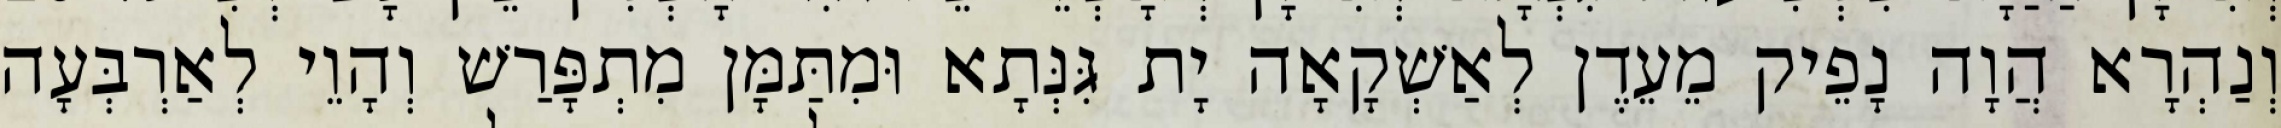
וְנַהְרָא הֲוָה נָפֵיק מֵעֵדֶן לְאַשְׁקָאָה יָת גִּנְּתָא וּמִתַּמָּן מִתְפָּרַשׁ וְהָוֵי לְאַרְבְּעָה